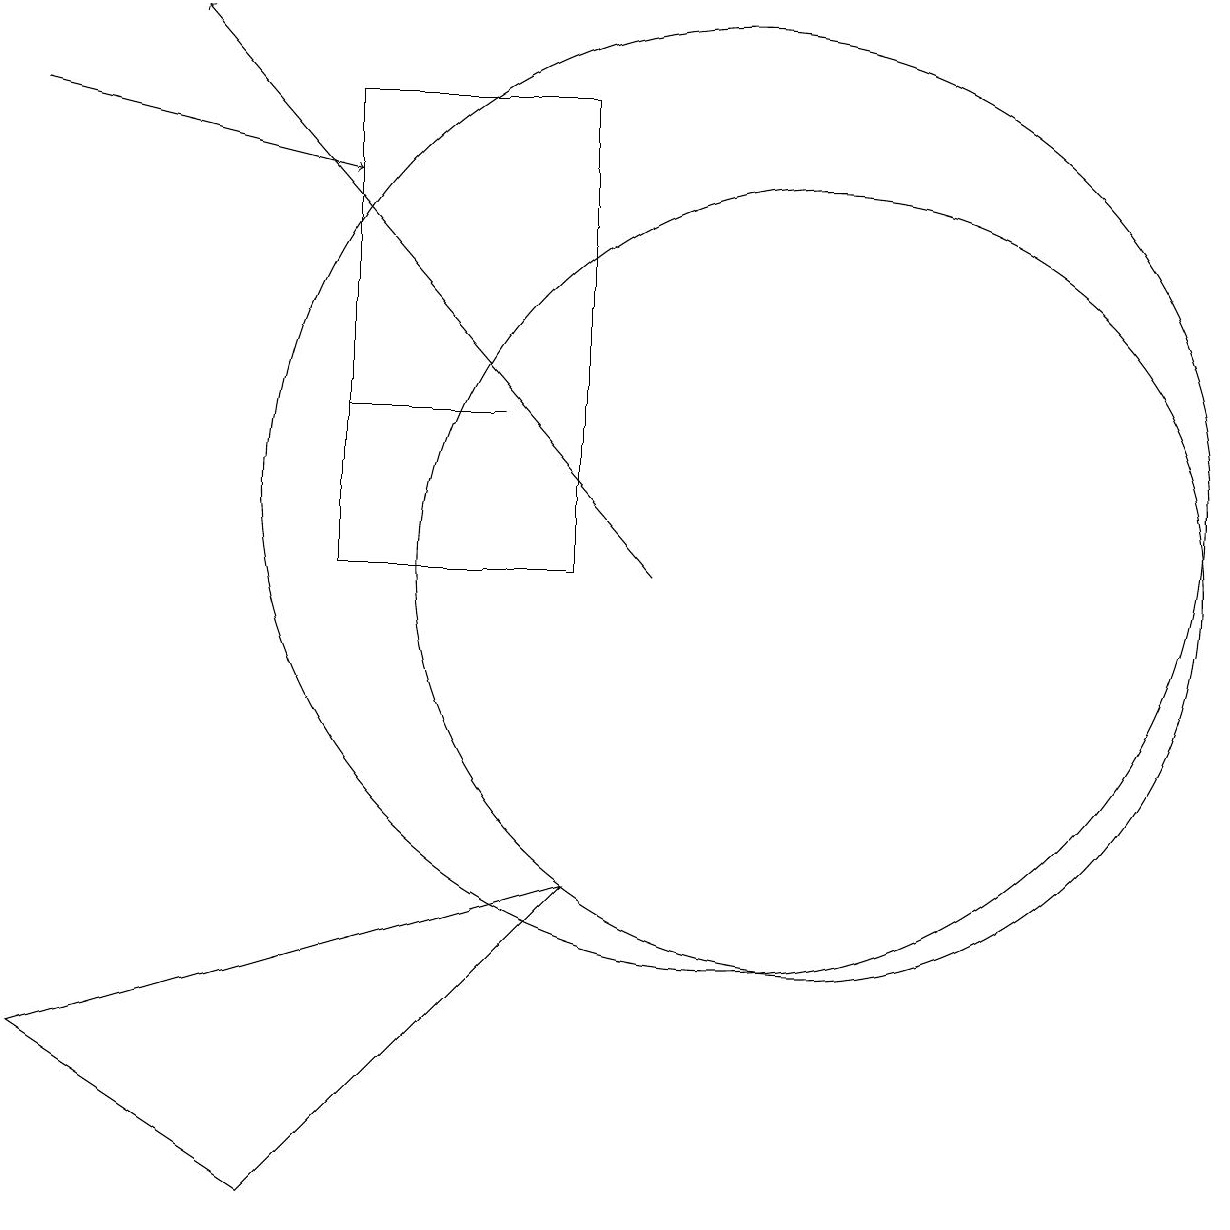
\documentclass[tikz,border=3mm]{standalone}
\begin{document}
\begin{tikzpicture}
\draw (5,12) rectangle (7,12);
\draw (10,11) circle (6);
\draw (11,10) circle (5);
\draw (2,12) rectangle (2,12);
\draw (8,6) -- (1,4) -- (4,2) -- cycle;
\draw[->] (9,10) -- (3,17);
\draw[->] (1,16) -- (5,15);
\draw (5,10) rectangle (8,16);
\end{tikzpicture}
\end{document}